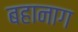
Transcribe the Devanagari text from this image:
बहानाग